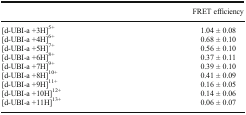
|  | FRET efficiency |
 | --- | --- |
 | [d-UBI-a +3H]5+ | 1.04 ± 0.08 |
 | [d-UBI-a +4H]6+ | 0.68 ± 0.10 |
 | [d-UBI-a +5H]7+ | 0.56 ± 0.10 |
 | [d-UBI-a +6H]8+ | 0.37 ± 0.11 |
 | [d-UBI-a +7H]9+ | 0.39 ± 0.10 |
 | [d-UBI-a +8H]10+ | 0.41 ± 0.09 |
 | [d-UBI-a +9H]11+ | 0.16 ± 0.05 |
 | [d-UBI-a +10H]12+ | 0.14 ± 0.06 |
 | [d-UBI-a +11H]13+ | 0.06 ± 0.07 |